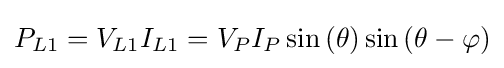
P_{L1}=V_{L1}I_{L1}=V_{P}I_{P}\sin \left(\theta \right)\sin \left(\theta -\varphi \right)